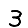
Digit: 3